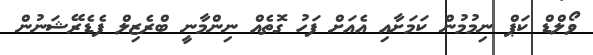
ވޯލްޑް ކަޕް ނިމުމުން ކަމަށާއި އެއަށް ފަހު ގޮތެއް ނިންމާނީ ބްރެޒިލް ފެޑެރޭޝަނުން